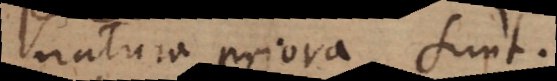
natura priora sunt.